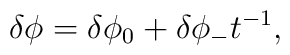
\delta \phi = \delta \phi_0 + \delta \phi_{-} t^{-1},